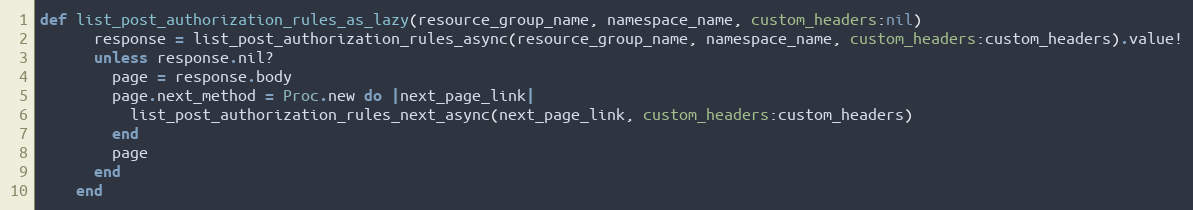
Language: Ruby
def list_post_authorization_rules_as_lazy(resource_group_name, namespace_name, custom_headers:nil)
      response = list_post_authorization_rules_async(resource_group_name, namespace_name, custom_headers:custom_headers).value!
      unless response.nil?
        page = response.body
        page.next_method = Proc.new do |next_page_link|
          list_post_authorization_rules_next_async(next_page_link, custom_headers:custom_headers)
        end
        page
      end
    end